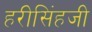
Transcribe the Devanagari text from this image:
हरीसिंहजी